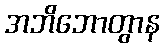
အဘိဘောတွာန